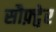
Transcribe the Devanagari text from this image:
सौफ़्ट्वेर